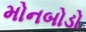
મોનબોડો